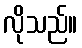
လိုသည်။